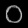
Digit: ၀